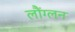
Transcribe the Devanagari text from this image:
लौंग्लन